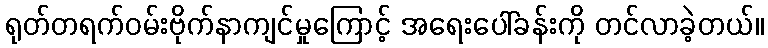
ရုတ်တရက်ဝမ်းဗိုက်နာကျင်မှုကြောင့် အရေးပေါ်ခန်းကို တင်လာခဲ့တယ်။